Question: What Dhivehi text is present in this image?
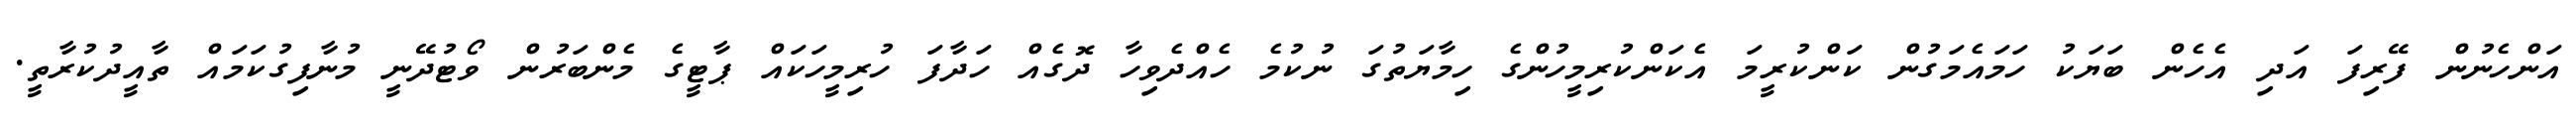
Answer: އަންހެނުން ފޭރިފަ އަދި އެހެން ބަޔަކު ހަމައެމަގުން ކަންކުރީމަ އެކަންކުރިމީހުންގެ ހިމާޔަތުގަ ނުކުމެ ހެއްދެވިހާ ދޮގެއް ހަދާފަ ހުރިމީހަކައް ޕާޓީގެ މެންބަރުން ވޯޓުދޭނީ މުނާފިގުކަމައް ތާއީދުކުރާތީ.